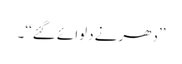
’’دھرنے دلوائے گئے‘‘۔